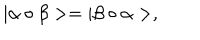
| \alpha \circ \beta > = | \beta \circ \alpha > ,